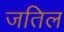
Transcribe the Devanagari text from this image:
जतिल